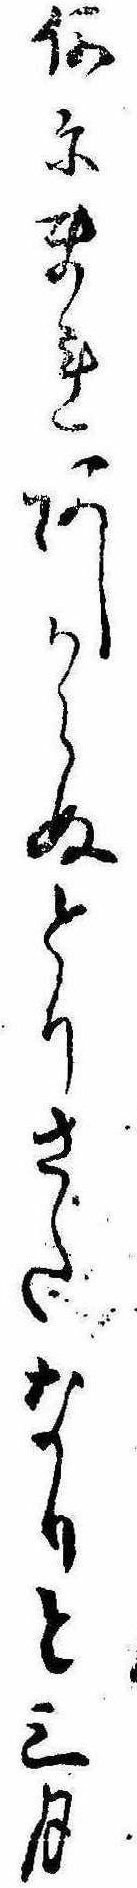
何にまれあしからぬとりさたなりと三月